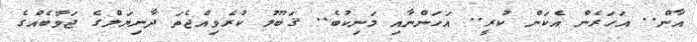
އާން.. އަހަރެން އެކަން ކުރީ.. އަހަންނާއި މަނިކުބެ.. ޤަބޫލު ކުރެވިއްޖެތަ ދާނިޔަލްގެ ޖަވާބެއްގެ